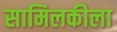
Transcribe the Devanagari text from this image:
सामिलकीला